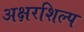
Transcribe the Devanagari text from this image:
अक्षरशिल्प